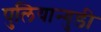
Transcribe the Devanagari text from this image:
पुलियान्गुडी